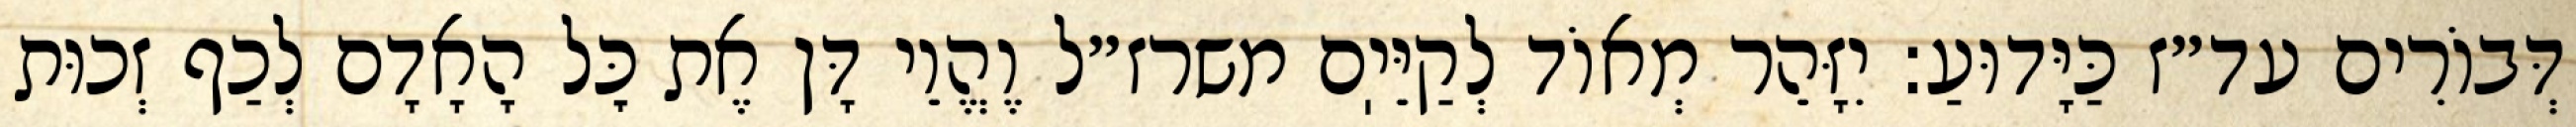
דְּבוֹרִים עד״ז כַּיָּדוּעַ: יִזָּהֵר מְאוֹד לְקַיֵּיֽם משרז״ל וֶהֱוֵי דָּן אֶת כׇּל הָאָדָם לְכַף זְכוּת